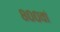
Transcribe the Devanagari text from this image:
८००वां